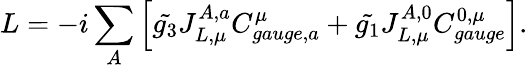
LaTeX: L=-i\sum_{A}\left[\tilde{g_{3}}J_{L,\mu}^{A,a}C_{gauge,a}^{\mu}+\tilde{g_{1}}J_{L,\mu}^{A,0}C_{gauge}^{0,\mu}\right].